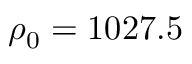
\rho _ { 0 } = 1 0 2 7 . 5